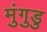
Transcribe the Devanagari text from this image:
मुंगुडु